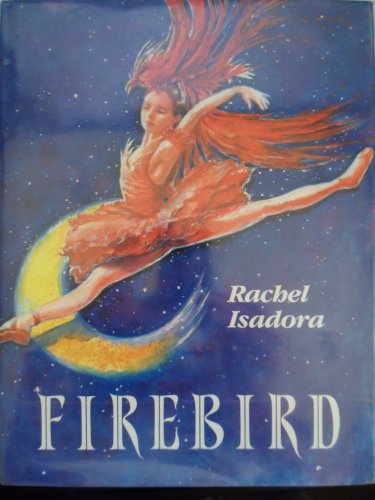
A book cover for Firebird; Rachel Isadora; Children's Books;